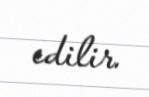
edilir.